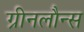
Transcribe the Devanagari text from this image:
ग्रीनलौन्स